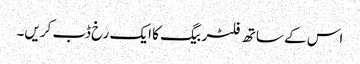
اس کے ساتھ فلٹر بیگ کا ایک رخ ڈب کریں۔